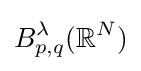
B_{p,q}^{\lambda }(\mathbb {R} ^{N})